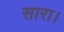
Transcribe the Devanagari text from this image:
सारा।